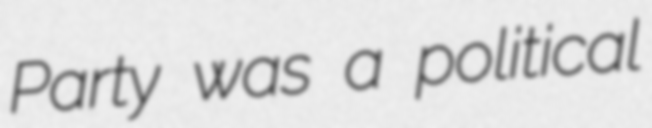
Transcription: Party was a political